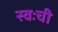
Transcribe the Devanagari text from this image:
स्वःची